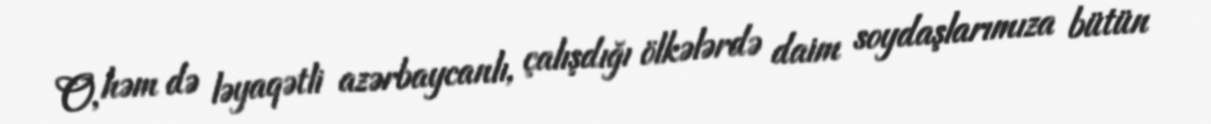
O, həm də ləyaqətli azərbaycanlı, çalışdığı ölkələrdə daim soydaşlarımıza bütün